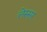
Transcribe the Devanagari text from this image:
लेस्सर